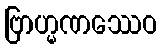
ဗြာဟ္မဏဿေဝ